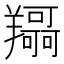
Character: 𦏤